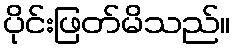
ပိုင်းဖြတ်မိသည်။